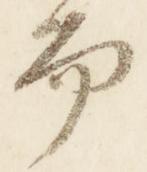
而